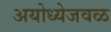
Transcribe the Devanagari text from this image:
अयोध्येजवळ